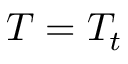
T = T _ { t }